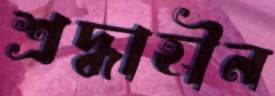
শ্রদ্ধাহীন